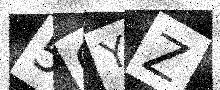
Text: 5CYZ